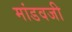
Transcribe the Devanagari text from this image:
मांडवजी